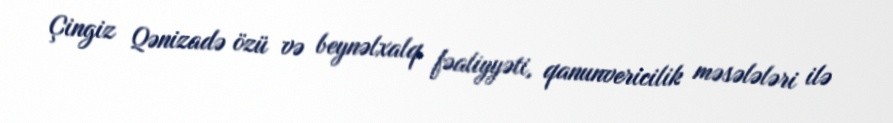
Çingiz Qənizadə özü və beynəlxalq fəaliyyəti, qanunvericilik məsələləri ilə